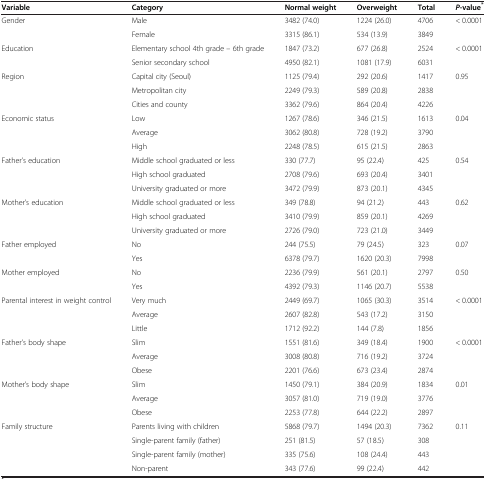
<table><thead><tr><td><b>Variable</b></td><td><b>Category</b></td><td><b>Normal weight</b></td><td><b>Overweight</b></td><td><b>Total</b></td><td><b><i>P</i>-value<sup>*</sup></b></td></tr></thead><tbody><tr><td>Gender</td><td>Male</td><td>3482 (74.0)</td><td>1224 (26.0)</td><td>4706</td><td>&lt; 0.0001</td></tr><tr><td> </td><td>Female</td><td>3315 (86.1)</td><td>534 (13.9)</td><td>3849</td><td> </td></tr><tr><td>Education</td><td>Elementary school 4th grade – 6th grade</td><td>1847 (73.2)</td><td>677 (26.8)</td><td>2524</td><td>&lt; 0.0001</td></tr><tr><td> </td><td>Senior secondary school</td><td>4950 (82.1)</td><td>1081 (17.9)</td><td>6031</td><td> </td></tr><tr><td>Region</td><td>Capital city (Seoul)</td><td>1125 (79.4)</td><td>292 (20.6)</td><td>1417</td><td>0.95</td></tr><tr><td> </td><td>Metropolitan city</td><td>2249 (79.3)</td><td>589 (20.8)</td><td>2838</td><td> </td></tr><tr><td> </td><td>Cities and county</td><td>3362 (79.6)</td><td>864 (20.4)</td><td>4226</td><td> </td></tr><tr><td>Economic status</td><td>Low</td><td>1267 (78.6)</td><td>346 (21.5)</td><td>1613</td><td>0.04</td></tr><tr><td> </td><td>Average</td><td>3062 (80.8)</td><td>728 (19.2)</td><td>3790</td><td> </td></tr><tr><td> </td><td>High</td><td>2248 (78.5)</td><td>615 (21.5)</td><td>2863</td><td> </td></tr><tr><td>Father’s education</td><td>Middle school graduated or less</td><td>330 (77.7)</td><td>95 (22.4)</td><td>425</td><td>0.54</td></tr><tr><td> </td><td>High school graduated</td><td>2708 (79.6)</td><td>693 (20.4)</td><td>3401</td><td> </td></tr><tr><td> </td><td>University graduated or more</td><td>3472 (79.9)</td><td>873 (20.1)</td><td>4345</td><td> </td></tr><tr><td>Mother’s education</td><td>Middle school graduated or less</td><td>349 (78.8)</td><td>94 (21.2)</td><td>443</td><td>0.62</td></tr><tr><td> </td><td>High school graduated</td><td>3410 (79.9)</td><td>859 (20.1)</td><td>4269</td><td> </td></tr><tr><td> </td><td>University graduated or more</td><td>2726 (79.0)</td><td>723 (21.0)</td><td>3449</td><td> </td></tr><tr><td>Father employed</td><td>No</td><td>244 (75.5)</td><td>79 (24.5)</td><td>323</td><td>0.07</td></tr><tr><td> </td><td>Yes</td><td>6378 (79.7)</td><td>1620 (20.3)</td><td>7998</td><td> </td></tr><tr><td>Mother employed</td><td>No</td><td>2236 (79.9)</td><td>561 (20.1)</td><td>2797</td><td>0.50</td></tr><tr><td> </td><td>Yes</td><td>4392 (79.3)</td><td>1146 (20.7)</td><td>5538</td><td> </td></tr><tr><td>Parental interest in weight control</td><td>Very much</td><td>2449 (69.7)</td><td>1065 (30.3)</td><td>3514</td><td>&lt; 0.0001</td></tr><tr><td> </td><td>Average</td><td>2607 (82.8)</td><td>543 (17.2)</td><td>3150</td><td> </td></tr><tr><td> </td><td>Little</td><td>1712 (92.2)</td><td>144 (7.8)</td><td>1856</td><td> </td></tr><tr><td>Father’s body shape</td><td>Slim</td><td>1551 (81.6)</td><td>349 (18.4)</td><td>1900</td><td>&lt; 0.0001</td></tr><tr><td> </td><td>Average</td><td>3008 (80.8)</td><td>716 (19.2)</td><td>3724</td><td> </td></tr><tr><td> </td><td>Obese</td><td>2201 (76.6)</td><td>673 (23.4)</td><td>2874</td><td> </td></tr><tr><td>Mother’s body shape</td><td>Slim</td><td>1450 (79.1)</td><td>384 (20.9)</td><td>1834</td><td>0.01</td></tr><tr><td> </td><td>Average</td><td>3057 (81.0)</td><td>719 (19.0)</td><td>3776</td><td> </td></tr><tr><td> </td><td>Obese</td><td>2253 (77.8)</td><td>644 (22.2)</td><td>2897</td><td> </td></tr><tr><td>Family structure</td><td>Parents living with children</td><td>5868 (79.7)</td><td>1494 (20.3)</td><td>7362</td><td>0.11</td></tr><tr><td> </td><td>Single-parent family (father)</td><td>251 (81.5)</td><td>57 (18.5)</td><td>308</td><td> </td></tr><tr><td> </td><td>Single-parent family (mother)</td><td>335 (75.6)</td><td>108 (24.4)</td><td>443</td><td> </td></tr><tr><td> </td><td>Non-parent</td><td>343 (77.6)</td><td>99 (22.4)</td><td>442</td><td> </td></tr></tbody></table>